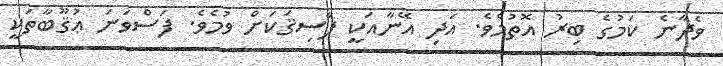
ވެދާނެ ކަމުގެ ބިރު އޮތުމެވެ. އަދި އޭނާއަކީ ފާސިޤަކަށް ވުމެވެ. ފަސްވަނަ ޢުޤޫބާތަކީ